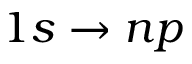
1 s \rightarrow n p